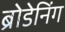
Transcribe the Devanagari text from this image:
ब्रोडेनिंग